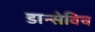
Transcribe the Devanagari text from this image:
डान्सेविच